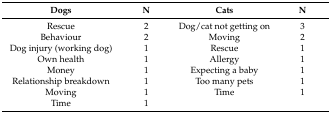
<table><thead><tr><td><b>Dogs</b></td><td><b>N</b></td><td><b>Cats</b></td><td><b>N</b></td></tr></thead><tbody><tr><td>Rescue</td><td>2</td><td>Dog/cat not getting on</td><td>3</td></tr><tr><td>Behaviour</td><td>2</td><td>Moving</td><td>2</td></tr><tr><td>Dog injury (working dog)</td><td>1</td><td>Rescue</td><td>1</td></tr><tr><td>Own health</td><td>1</td><td>Allergy</td><td>1</td></tr><tr><td>Money</td><td>1</td><td>Expecting a baby</td><td>1</td></tr><tr><td>Relationship breakdown</td><td>1</td><td>Too many pets</td><td>1</td></tr><tr><td>Moving</td><td>1</td><td>Time</td><td>1</td></tr><tr><td>Time</td><td>1</td><td></td><td></td></tr></tbody></table>